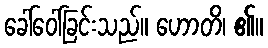
ခေါ်ဝေါ်ခြင်းသည်။ ဟောတိ၊ ၏။